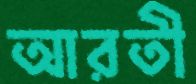
আরতী